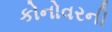
કોનોવરની